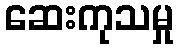
ဆေးကုသမှု